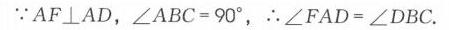
$\because \mathrm{AF}\perp\mathrm{AD}$，$\angle \mathrm{ABC}=90^{\circ}$，$\therefore\angle \mathrm{FAD}=\angle \mathrm{DBC}$.